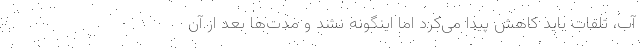
آب، تلفات باید کاهش پیدا می‌کرد اما اینگونه نشد و مدت‌ها بعد از آن